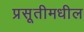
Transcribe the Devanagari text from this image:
प्रसूतीमधील